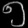
Digit: ၅